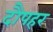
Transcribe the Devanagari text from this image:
दौपहर